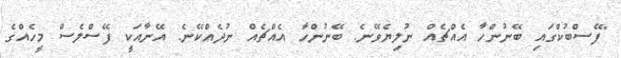
"ފޭސްބުކްގައި ބޭނުންހާ އެއްޗެއް ނުލިޔެވޭނެ. ބޭނުންހާ އެއްޗެއް ނުދެއްކޭނެ. އޭނާއަކީ ފޭސްލެސް މީހެއްްގެ